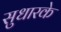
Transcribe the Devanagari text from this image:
सुधारके